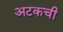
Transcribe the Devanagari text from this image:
अटकची